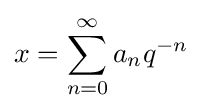
x=\sum _{n=0}^{\infty }a_{n}q^{-n}